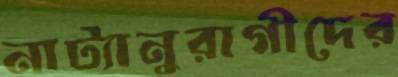
নাট্যানুরাগীদের